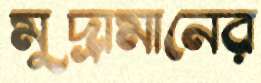
মুদ্রামানের